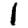
Digit: 1